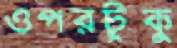
ওপরটুকু